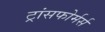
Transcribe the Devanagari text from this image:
ट्रांसफोर्मर्स